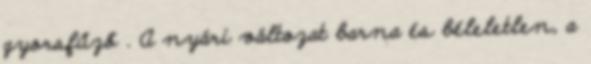
gyorsfűző . A nyári változat barna és béleletlen, a